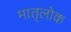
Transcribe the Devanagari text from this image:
मातृलोक